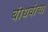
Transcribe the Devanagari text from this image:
बांधवांचा